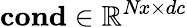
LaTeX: \mathbf{cond}\in\mathbb{R}^{\textit{Nx}\times dc}